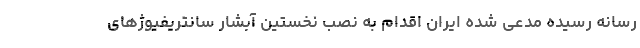
رسانه رسیده مدعی شده ایران اقدام به نصب نخستین آبشار سانتریفیوژهای